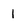
Character: 1